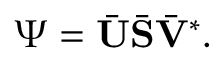
\boldsymbol { \Psi } = \bar { \mathbf { U } } \bar { \mathbf { S } } \bar { \mathbf { V } } ^ { * } .